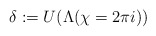
\begin{align*}\delta :=U(\Lambda (\chi =2\pi i)) \end{align*}